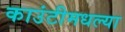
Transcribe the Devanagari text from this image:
काउंटीमधल्या